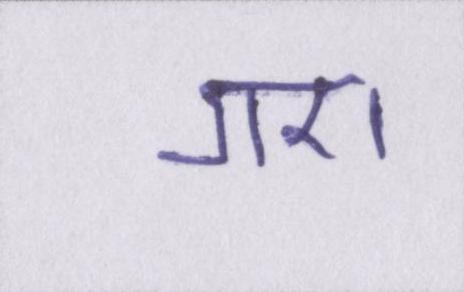
गए